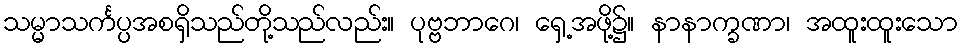
သမ္မာသင်္ကပ္ပအစရှိသည်တို့သည်လည်း။ ပုဗ္ဗဘာဂေ၊ ရှေ့အဖို့၌။ နာနာက္ခဏာ၊ အထူးထူးသော